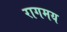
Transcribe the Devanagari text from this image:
रागमय